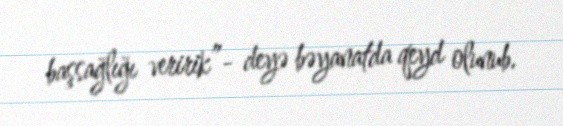
başsağlığı veririk”- deyə bəyanatda qeyd olunub.